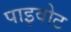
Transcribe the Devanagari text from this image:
पाइवोट